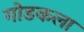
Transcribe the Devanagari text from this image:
गोडकला